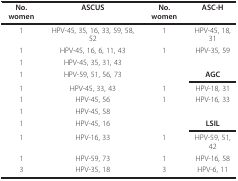
| No. women | ASCUS | No. women | ASC-H |
 | --- | --- | --- | --- |
 | 1 | HPV-45, 35, 16, 33, 59, 58, 52 | 1 | HPV-45, 18, 31 |
 | 1 | HPV-45, 16, 6, 11, 43 | 1 | HPV-35, 59 |
 | 1 | HPV-45, 35, 31, 43 |  |  |
 | 1 | HPV-59, 51, 56, 73 |  | AGC |
 | 1 | HPV-45, 33, 43 | 1 | HPV-18, 31 |
 | 1 | HPV-45, 56 | 1 | HPV-16, 33 |
 | 1 | HPV-45, 58 |  |  |
 | 1 | HPV-45, 16 |  | LSIL |
 | 1 | HPV-16, 33 | 1 | HPV-59, 51, 42 |
 | 1 | HPV-59, 73 | 1 | HPV-16, 58 |
 | 3 | HPV-35, 18 | 3 | HPV-6, 11 |